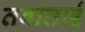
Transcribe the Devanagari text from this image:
तबाताई